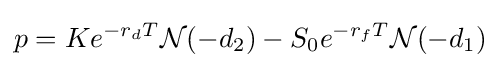
p=Ke^{-r_{d}T}{\mathcal {N}}(-d_{2})-S_{0}e^{-r_{f}T}{\mathcal {N}}(-d_{1})